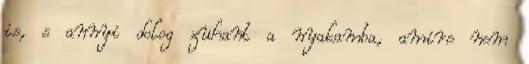
is, s annyi dolog zuhant a nyakamba, amire nem